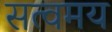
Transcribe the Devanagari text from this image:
सत्वमय